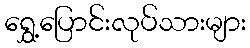
ရွှေ့ပြောင်းလုပ်သားများ